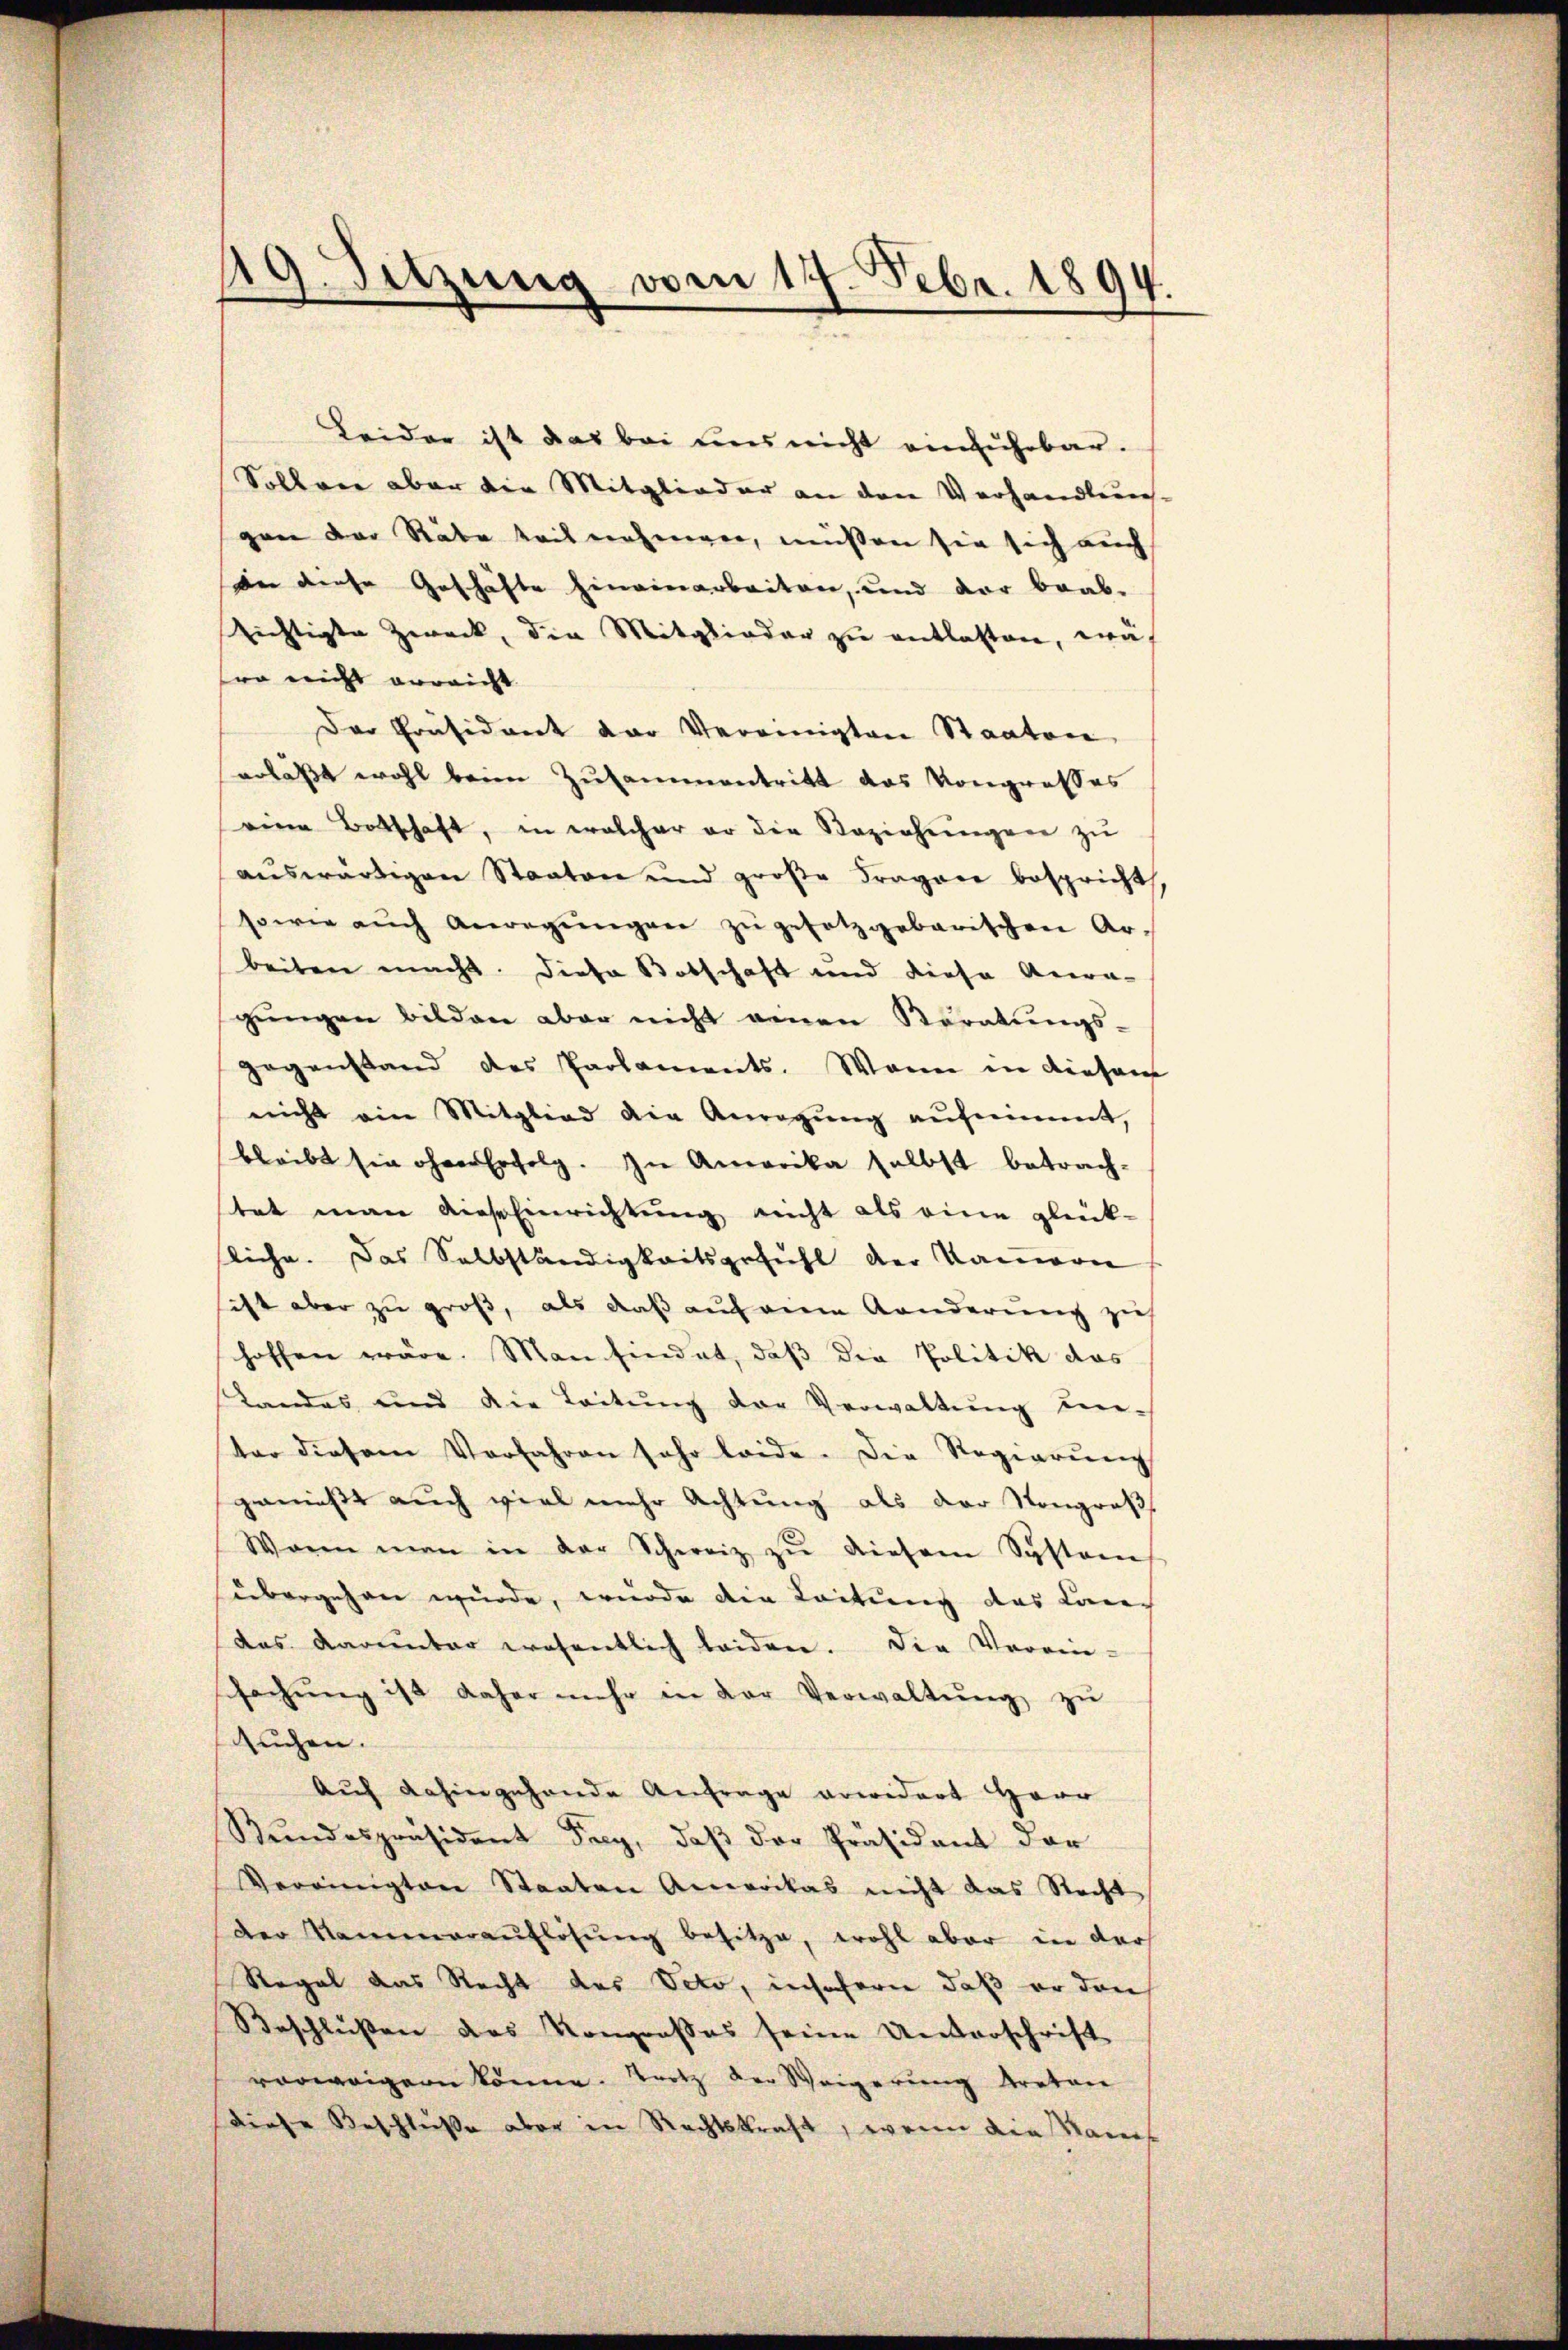
19. Setzung vom 17. Febr. 1894.

Leider ist das bei uns nicht einführbar.
Sollene aber die Mitglieder an den Verhandlung-
gan der Rabe teil nehmen, müssen sie sich auch
dn diese Geschäfte hineinarbeiten, und der brab-
Richtigte Zweck, die Mitglieder zu entlassen, wä
wo nicht erreicht
Der Präsident der Vereinigten Staaten
erläßt wohl beim Zusammentritt das Kongresses
ven Botschaft, in welcher er die Beziehungen zu
auswärtigen Staaten und große Fragene bespricht,
sowie aŭch Anregŭngen zŭ gesetzgebarischen Ar-
beiten macht. Diese Botschaft und diese Aera-
gŭngen bilden aber nicht einen Veratŭngs-
gegenstand des Parlaments. Wann in diesens
nicht ein Mitglied die Anregŭng aufnimmt,
bleibt sie ohner Erfolg. In Amerika selbst betrach-
tet man diese Einrichtung nicht als eine glück-
liche. Das Selbständigkeitsgefühl der Kamern
sitzt aber zu groß, als daß auf eine Aenderung zu
hoffen wäre. Man findet, daß die Politik das
Landas und die Leitung der Verwaltung unter diesem Vorfahren sehr leide. Die Regierung
gemise auch viel mehr Achtung als der Nongroß
Waren man in der Schweiz zŭ diesem System
übergehen würde, wurde die Leitung das Carech
das Aarentar wesentlich beiden. Die Verein-
sachŭng ist daher mehr in der Verwaltŭng zŭ
suchen.
Auf dahingehande Anfrage erwidert Herr
Stundespräsident Frey, daß der Präsident der
Vereinigten Staaten Amerikas nicht das Recht
der Mammaraŭflösung besitze, wohl aber in der
Regal das Recht des Veto, insofern, daß er den
Beschlüßen das Kongroßes seine Unterschrift
vorweigern könne. Trotz der Weigerung treten
Diese Beschlüße aber in Rechtskraft, wenn die Sams